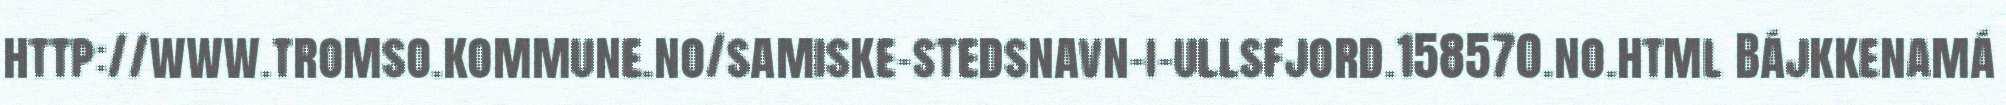
http://www.tromso.kommune.no/samiske-stedsnavn-i-ullsfjord.158570.no.html Bájkkenamá